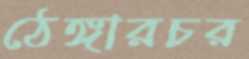
ঠেঙ্গারচর